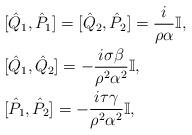
LaTeX: \begin{align*}&[\hat{Q}_{1},\hat{P}_{1}]=[\hat{Q}_{2},\hat{P}_{2}]=\frac{i}{\rho\alpha}\mathbb{I},\\&[\hat{Q}_{1},\hat{Q}_{2}]=-\frac{i\sigma\beta}{\rho^{2}\alpha^{2}}\mathbb{I},\\&[\hat{P}_{1},\hat{P}_{2}]=-\frac{i\tau\gamma}{\rho^{2}\alpha^{2}}\mathbb{I},\end{align*}